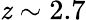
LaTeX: \mathit{z}\sim2.7